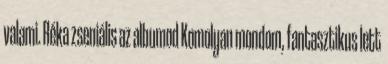
valami. Réka zseniális az albumod Komolyan mondom, fantasztikus lett